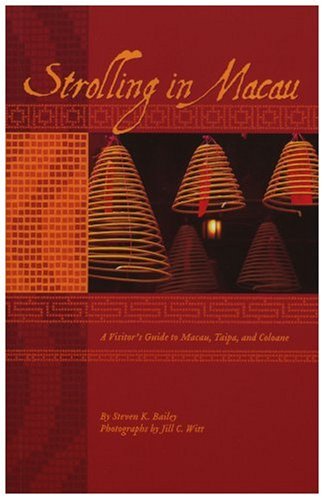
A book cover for Strolling in Macau: A Visitor's Guide to Macau, Taipa, and Coloane; Steven Bailey; Travel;